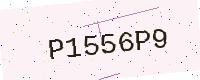
Text: P1556P9